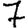
Digit: 7